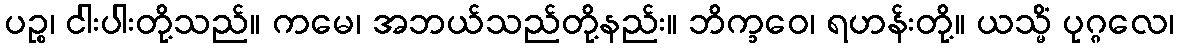
ပဉ္စ၊ ငါးပါးတို့သည်။ ကမေ၊ အဘယ်သည်တို့နည်း။ ဘိက္ခဝေ၊ ရဟန်းတို့။ ယသ္မိံ ပုဂ္ဂလေ၊